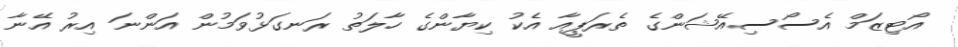
އޯޓިޒަމް އެސޯސިއޭޝަންގެ ތެރަޕީއާ އެކު ކިޔާންގެ ހާލަތު ރަނގަޅުވަމުން އަންނަ އިރު އޭނާ